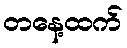
တနေ့ထက်